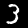
Label: 3